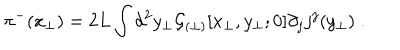
LaTeX: \pi ^ { - } ( x _ { \perp } ) = 2 L \int d ^ { 2 } y _ { \perp } { \cal G } _ { ( \perp ) } [ x _ { \perp } , y _ { \perp } ; 0 ] \partial _ { j } j ^ { j } ( y _ { \perp } ) \; .